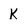
Character: K